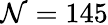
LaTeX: \mathcal{N}=145